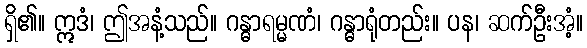
ရှိ၏။ ဣဒံ၊ ဤအနံ့သည်။ ဂန္ဓာရမ္မဏံ၊ ဂန္ဓာရုံတည်း။ ပန၊ ဆက်ဦးအံ့။